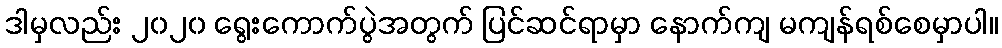
ဒါမှလည်း ၂၀၂၀ ရွေးကောက်ပွဲအတွက် ပြင်ဆင်ရာမှာ နောက်ကျ မကျန်ရစ်စေမှာပါ။